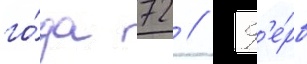
го́да 72 // Г'е́рб